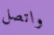
واتصل